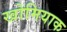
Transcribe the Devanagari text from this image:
खोमियाक